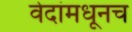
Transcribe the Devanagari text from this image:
वेदांमधूनच